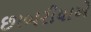
છાબરીયાએ